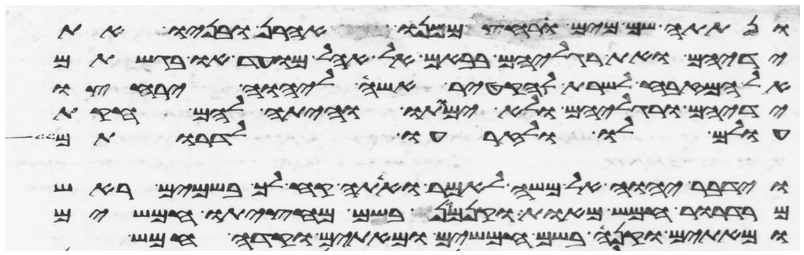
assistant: ונתתה שם מים ורחץ ממנו אהרן ובניו את
ידיהם ואת רגליהם בבאם אל אהל מועד ובקרבתם
אל המזבח לשרת להקטיר אשה ליהוה ירחצו
ידיהם ורגליהם ולא ימותו והיתה להם חקות
עולם לו ולזרעו לדרותם
וידבר יהוה אל משה לאמר ואתה קח לך בשמים ראש
מרדרור חמש מאות וקנמון בשם מחציתו חמשים
ומאתים וקנה בשם חמשים ומאתים וקדה חמש